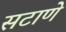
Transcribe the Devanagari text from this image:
सटाणे